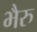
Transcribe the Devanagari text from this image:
भैरु